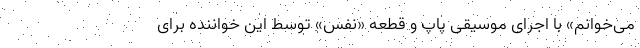
می‌خوانم» با اجرای موسیقی پاپ و قطعه «نفس» توسط این خواننده برای